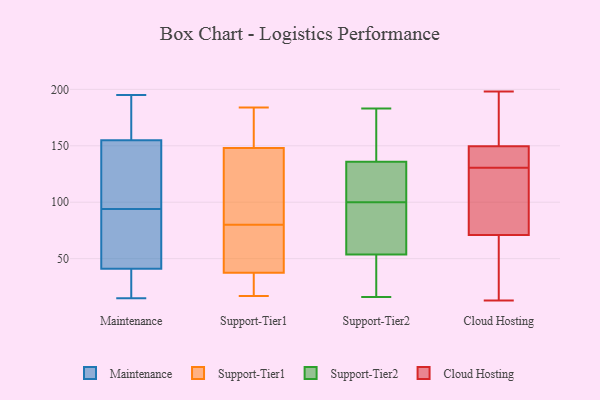
{"axis": {"x": "Churn Rate (%)", "y": "Value"}, "legend": ["Cloud Hosting", "Maintenance", "Support-Tier1", "Support-Tier2"], "data": [{"x": "", "y": 125, "type": "Maintenance"}, {"x": "", "y": 157, "type": "Maintenance"}, {"x": "", "y": 195, "type": "Maintenance"}, {"x": "", "y": 94, "type": "Maintenance"}, {"x": "", "y": 34, "type": "Maintenance"}, {"x": "", "y": 26, "type": "Maintenance"}, {"x": "", "y": 15, "type": "Maintenance"}, {"x": "", "y": 149, "type": "Maintenance"}, {"x": "", "y": 81, "type": "Maintenance"}, {"x": "", "y": 176, "type": "Maintenance"}, {"x": "", "y": 62, "type": "Maintenance"}, {"x": "", "y": 61, "type": "Support-Tier1"}, {"x": "", "y": 17, "type": "Support-Tier1"}, {"x": "", "y": 66, "type": "Support-Tier1"}, {"x": "", "y": 163, "type": "Support-Tier1"}, {"x": "", "y": 38, "type": "Support-Tier1"}, {"x": "", "y": 111, "type": "Support-Tier1"}, {"x": "", "y": 178, "type": "Support-Tier1"}, {"x": "", "y": 184, "type": "Support-Tier1"}, {"x": "", "y": 25, "type": "Support-Tier1"}, {"x": "", "y": 44, "type": "Support-Tier1"}, {"x": "", "y": 125, "type": "Support-Tier1"}, {"x": "", "y": 36, "type": "Support-Tier1"}, {"x": "", "y": 184, "type": "Support-Tier1"}, {"x": "", "y": 98, "type": "Support-Tier1"}, {"x": "", "y": 143, "type": "Support-Tier1"}, {"x": "", "y": 80, "type": "Support-Tier1"}, {"x": "", "y": 27, "type": "Support-Tier1"}, {"x": "", "y": 96, "type": "Support-Tier2"}, {"x": "", "y": 176, "type": "Support-Tier2"}, {"x": "", "y": 137, "type": "Support-Tier2"}, {"x": "", "y": 183, "type": "Support-Tier2"}, {"x": "", "y": 89, "type": "Support-Tier2"}, {"x": "", "y": 178, "type": "Support-Tier2"}, {"x": "", "y": 119, "type": "Support-Tier2"}, {"x": "", "y": 121, "type": "Support-Tier2"}, {"x": "", "y": 43, "type": "Support-Tier2"}, {"x": "", "y": 116, "type": "Support-Tier2"}, {"x": "", "y": 25, "type": "Support-Tier2"}, {"x": "", "y": 132, "type": "Support-Tier2"}, {"x": "", "y": 80, "type": "Support-Tier2"}, {"x": "", "y": 98, "type": "Support-Tier2"}, {"x": "", "y": 16, "type": "Support-Tier2"}, {"x": "", "y": 37, "type": "Support-Tier2"}, {"x": "", "y": 153, "type": "Support-Tier2"}, {"x": "", "y": 100, "type": "Support-Tier2"}, {"x": "", "y": 45, "type": "Support-Tier2"}, {"x": "", "y": 147, "type": "Cloud Hosting"}, {"x": "", "y": 148, "type": "Cloud Hosting"}, {"x": "", "y": 69, "type": "Cloud Hosting"}, {"x": "", "y": 151, "type": "Cloud Hosting"}, {"x": "", "y": 118, "type": "Cloud Hosting"}, {"x": "", "y": 17, "type": "Cloud Hosting"}, {"x": "", "y": 13, "type": "Cloud Hosting"}, {"x": "", "y": 115, "type": "Cloud Hosting"}, {"x": "", "y": 123, "type": "Cloud Hosting"}, {"x": "", "y": 111, "type": "Cloud Hosting"}, {"x": "", "y": 144, "type": "Cloud Hosting"}, {"x": "", "y": 184, "type": "Cloud Hosting"}, {"x": "", "y": 198, "type": "Cloud Hosting"}, {"x": "", "y": 138, "type": "Cloud Hosting"}, {"x": "", "y": 195, "type": "Cloud Hosting"}, {"x": "", "y": 154, "type": "Cloud Hosting"}, {"x": "", "y": 73, "type": "Cloud Hosting"}, {"x": "", "y": 38, "type": "Cloud Hosting"}, {"x": "", "y": 142, "type": "Cloud Hosting"}, {"x": "", "y": 39, "type": "Cloud Hosting"}]}